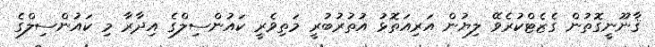
ޤާނޫނީގޮތުން ގެޒެޓްކުރެވޭ ލިޔުން އަރިއަތޮޅު އުތުރުބުރީ މަތިވެރީ ކައުންސިލްގެ އިދާރާ މި ކައުންސިލްގެ